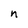
Character: n